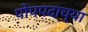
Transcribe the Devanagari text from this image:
पोपपदाच्या